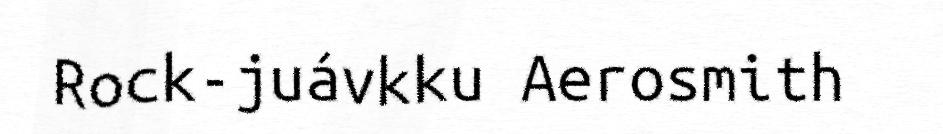
Rock-juávkku Aerosmith